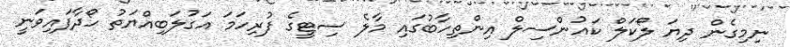
ނިމިގެން ދިޔަ ލޯކަލް ކައުންސިލް އިންތިހާބުގައި މާލެ ސިޓީގެ ފުރިހަމަ އަގުލަބިއްޔަތު ހޯދާފައިވަނީ